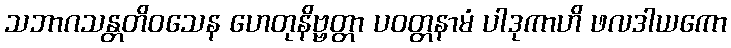
သဘာဂသန္တတိဝသေန ဟေတုနိဗ္ဗတ္တာ ပဝတ္တနာမံ ပါဒုကာဟိ ဖလဒါယကော